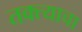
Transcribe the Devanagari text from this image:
तक्त्याचा